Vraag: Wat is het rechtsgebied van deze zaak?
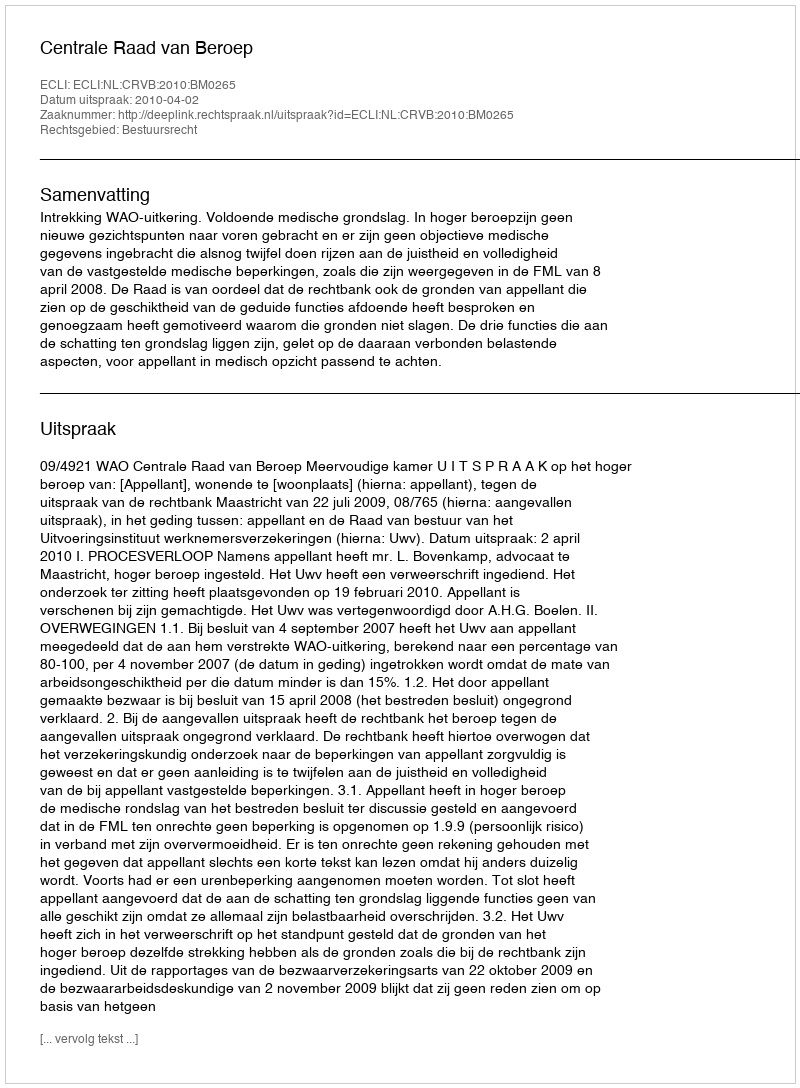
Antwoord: Bestuursrecht